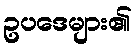
ဥပဒေများ၏